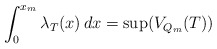
\begin{align*}\int^{x_m}_0 \lambda_T(x)\, dx = \sup(V_{Q_m}(T))\end{align*}